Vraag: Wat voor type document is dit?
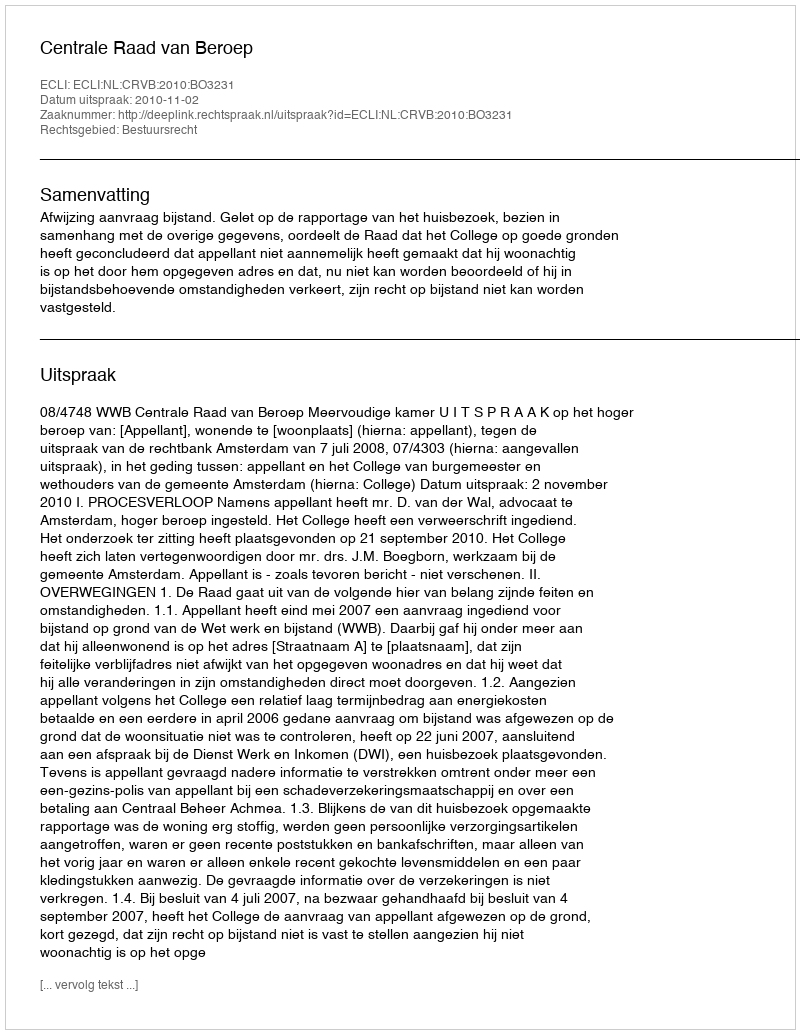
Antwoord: Uitspraak